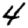
Digit: 4